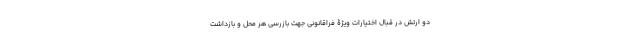
دو ارتش در قبال اختیارات ویژۀ فراقانونی جهت بازرسی هر محل و بازداشت